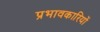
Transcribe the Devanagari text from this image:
प्रभावकारियों